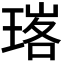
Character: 𭹧